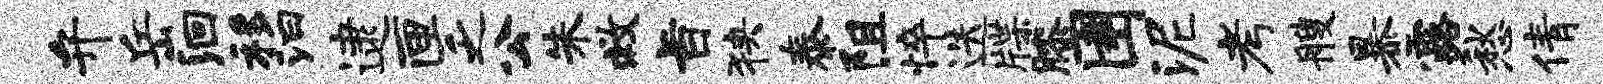
弁岳洄移汩逮匣乏公朱救旨狭泰阻悴迭牒膝圉泥考艘暴露愁倩